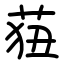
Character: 莥